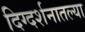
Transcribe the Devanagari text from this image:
दिग्दर्शनातल्या